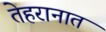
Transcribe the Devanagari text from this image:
तेहरानात